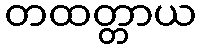
တထတ္တာယ